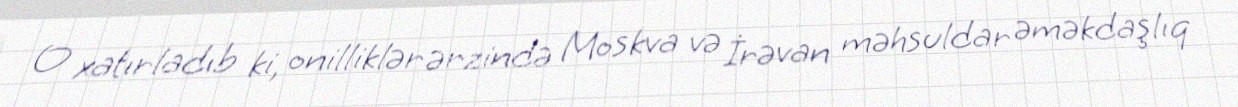
O xatırladıb ki, onilliklər ərzində Moskva və İrəvan məhsuldar əməkdaşlıq